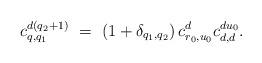
LaTeX: \begin{align*}c_{q,q_1}^{d(q_2+1)} ~=~ (1+\delta_{q_1,q_2}){\,}c_{r_0,u_0}^dc_{d,d}^{du_0}.\end{align*}